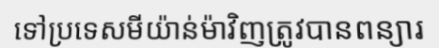
ទៅប្រទេសមីយ៉ាន់ម៉ាវិញត្រូវបានពន្យារ